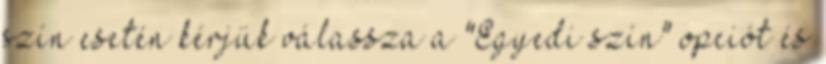
szín esetén kérjük válassza a "Egyedi szín" opciót és